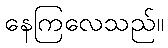
နေကြလေသည်။